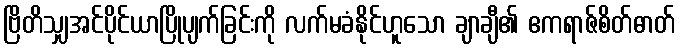
ဗြိတိသျှအင်ပိုင်ယာပြိုပျက်ခြင်းကို လက်မခံနိုင်ဟူသော ချာချီ၏ ဧကရာဇ်စိတ်ဓာတ်